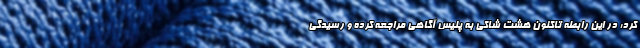
کرد: در این رابطه تاکنون هشت شاکی به پلیس آگاهی مراجعه کرده و رسیدگی